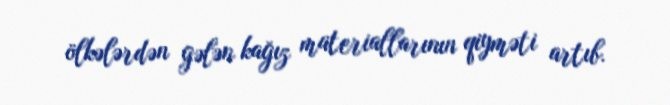
ölkələrdən gələn kağız materiallarının qiyməti artıb.